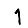
Digit: 1